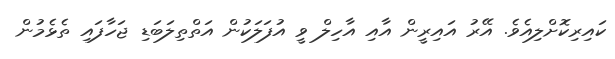
ކައިރިކޮށްލިއެވެ. އޭރު އައިރީން އާއި އާހިލް ވީ އުފަލަކުން އަތްތިލަބަޑި ޖަހާފައި ތެޅެމުން